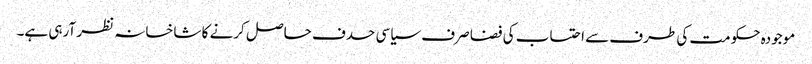
موجودہ حکومت کی طرف سے احتساب کی فضا صرف سیاسی حدف حاصل کرنے کا شاخسانہ نظر آرہی ہے۔